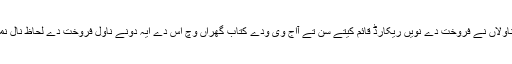
واضح رہے کہ انہاں دونے ناولاں نے فروخت دے نویں ریکارڈ قائم کیتے سن تے آاج وی ودے کتاب گھراں وچ اس دے ایہ دونے ناول فروخت دے لحاظ نال نمایاں مقام اتے نظر آندے نیں۔